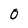
Character: 0